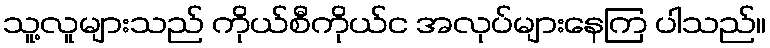
သူ့လူများသည် ကိုယ်စီကိုယ်င အလုပ်များနေကြ ပါသည်။